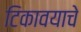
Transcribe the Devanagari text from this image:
टिकावयाचे